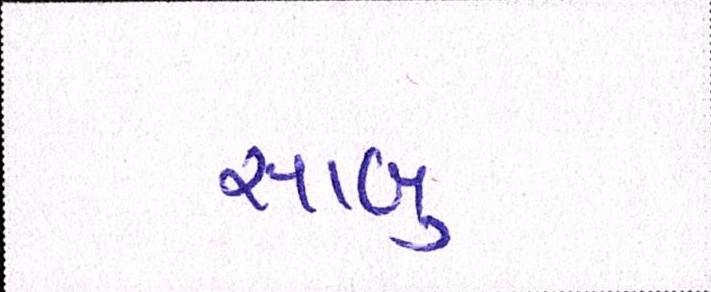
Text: સાબુ